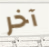
آخر